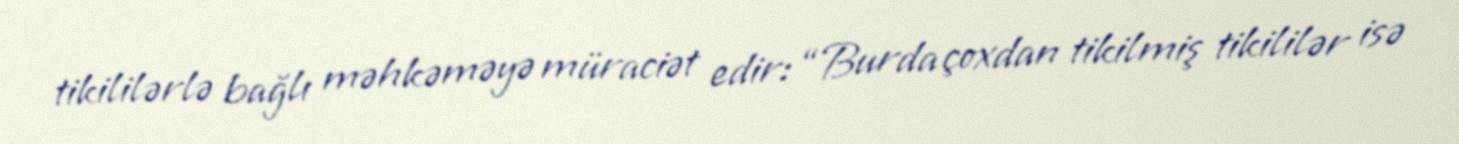
tikililərlə bağlı məhkəməyə müraciət edir: “Burda çoxdan tikilmiş tikililər isə